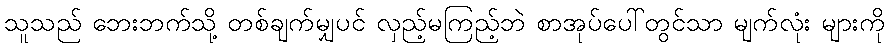
သူသည် ဘေးဘက်သို့ တစ်ချက်မျှပင် လှည့်မကြည့်ဘဲ စာအုပ်ပေါ်တွင်သာ မျက်လုံး များကို